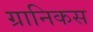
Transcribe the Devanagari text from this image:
ग्रानिकस